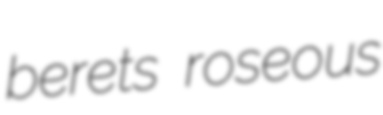
berets roseous